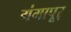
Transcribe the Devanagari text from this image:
गंगापूर्